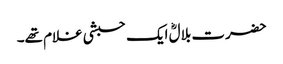
حضرت بلالؓ ایک حبشی غلام تھے۔